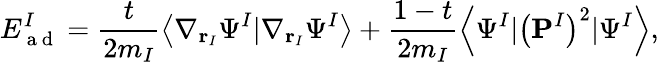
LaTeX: E_{\mathrm{~a~d~}}^{I}=\frac{t}{2m_{I}}\left\langle\nabla_{\textbf{r}_{I}}\Psi^{I}|\nabla_{\textbf{r}_{I}}\Psi^{I}\right\rangle+\frac{1-t}{2m_{I}}\left\langle\Psi^{I}|\left(\textbf{P}^{I}\right)^{2}|\Psi^{I}\right\rangle,